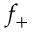
f _ { + }